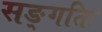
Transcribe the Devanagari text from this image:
सङ्गतिः